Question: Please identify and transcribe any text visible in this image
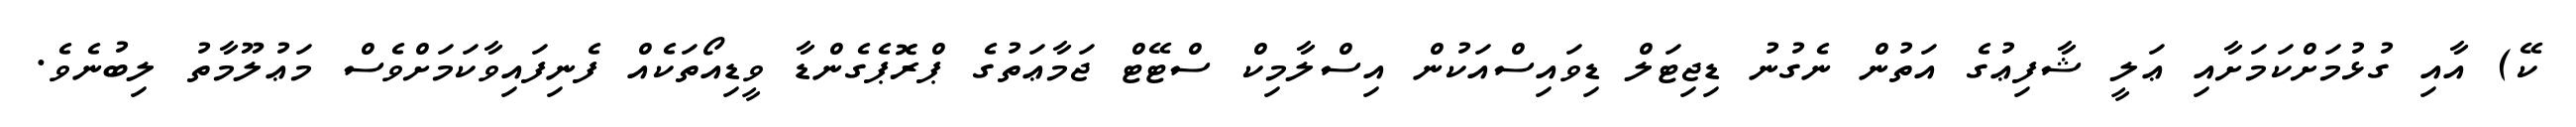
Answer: ކޭ) އާއި ގުޅުމަށްކަމަށާއި ޢަލީ ޝާފިޢުގެ އަތުން ނެގުނު ޑިޖިޓަލް ޑިވައިސްއަކުން އިސްލާމިކް ސްޓޭޓް ޖަމާޢަތުގެ ޕްރޮޕެގެންޑާ ވީޑިއޯތަކެއް ފެނިފައިވާކަމަށްވެސް މަޢުލޫމާތު ލިބުނެވެ.